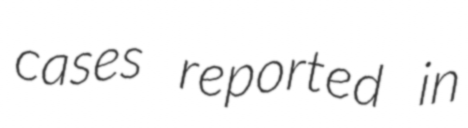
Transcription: cases reported in